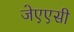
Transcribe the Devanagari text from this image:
जेएएसी